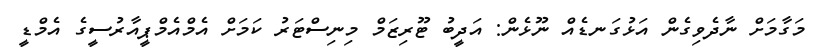
މަގާމަށް ނާދެވިގެން އަޅުގަނޑެއް ނޫޅެން: އަދީބު ޓޫރިޒަމް މިނިސްޓަރު ކަމަށް އެމްއެމްޕީއާރުސީގެ އެމްޑީ